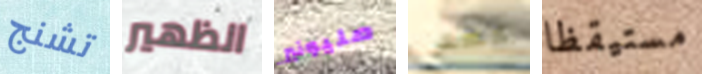
تشنج الظهير مليونير ليس مستيقظا